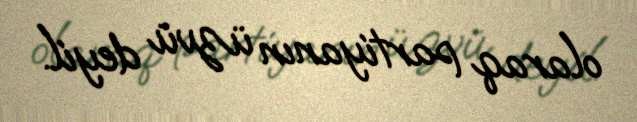
olaraq partiyanın üzvü deyil.